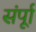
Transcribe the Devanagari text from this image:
संर्पूा